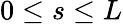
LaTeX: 0\leq s\leq L